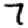
Digit: 7